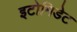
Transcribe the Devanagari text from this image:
इटोमिडेट